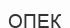
ОПЕК